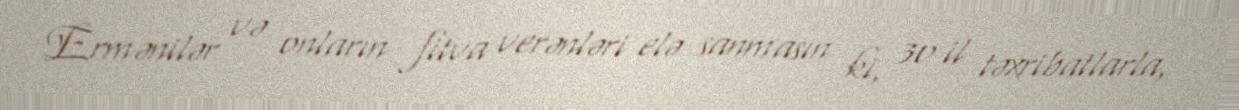
Ermənilər və onların fitva verənləri elə sanmasın ki, 30 il təxribatlarla,